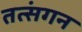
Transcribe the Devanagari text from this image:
तत्संगन